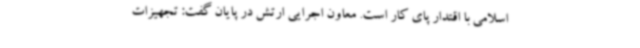
اسلامی با اقتدار پای کار است. معاون اجرایی ارتش در پایان گفت: تجهیزات